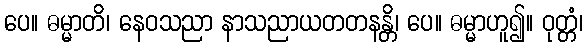
ပေ။ ဓမ္မာတိ၊ နေဝသညာ နာသညာယတတနန္တိ၊ ပေ။ ဓမ္မာဟူ၍။ ဝုတ္တံ၊